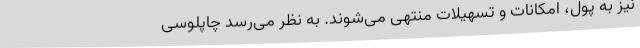
نیز به پول، امکانات و تسهیلات منتهی می‌شوند. به نظر می‌رسد چاپلوسی